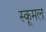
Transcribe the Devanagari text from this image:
स्कूमल